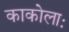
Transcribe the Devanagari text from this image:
काकोलाः